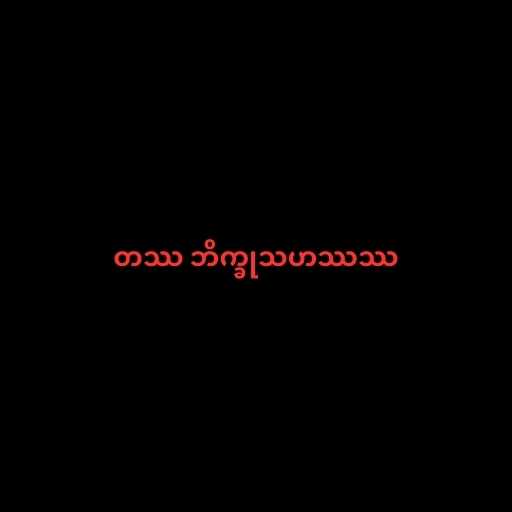
တဿ ဘိက္ခုသဟဿဿ